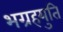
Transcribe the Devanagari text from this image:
भग्रहयुति